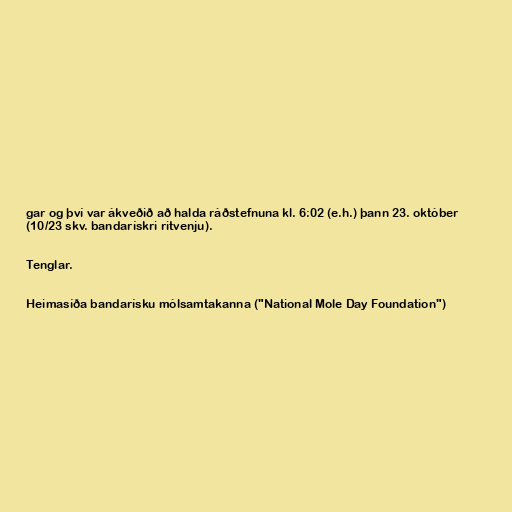
gar og því var ákveðið að halda ráðstefnuna kl. 6:02 (e.h.) þann 23. október
(10/23 skv. bandarískri ritvenju).

Tenglar.

Heimasíða bandarísku mólsamtakanna ("National Mole Day Foundation")